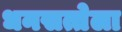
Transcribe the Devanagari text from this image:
धनसत्तेला